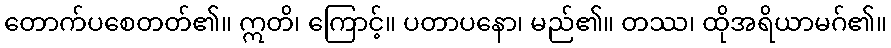
တောက်ပစေတတ်၏။ ဣတိ၊ ကြောင့်။ ပတာပနော၊ မည်၏။ တဿ၊ ထိုအရိယာမဂ်၏။